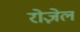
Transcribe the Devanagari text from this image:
रोज़ेल